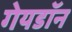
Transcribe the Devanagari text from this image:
गेयडॉन